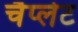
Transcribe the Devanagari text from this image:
चैप्लेट